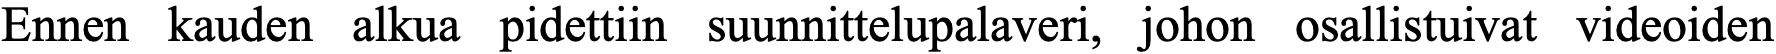
Ennen kauden alkua pidettiin suunnittelupalaveri, johon osallistuivat videoiden